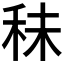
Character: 𥞊